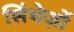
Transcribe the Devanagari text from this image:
सिंथेज़ों